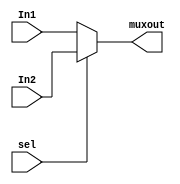
`timescale 1ns / 1ps
//////////////////////////////////////////////////////////////////////////////////
// Company: 
// Engineer: 
// 
// Design Name: 
// Module Name:    MUX 
// Project Name: 
// Target Devices: 
// Tool versions: 
// Description: 
//
// Dependencies: 
//
// Revision: 
// Revision 0.01 - File Created
// Additional Comments: 
//
//////////////////////////////////////////////////////////////////////////////////
  module MUX(
    input wire [7:0] In1, In2,
	 input wire sel, 
	 output wire [7:0] muxout
    );
    assign muxout = (sel == 0) ? In1 : In2 ;

  endmodule